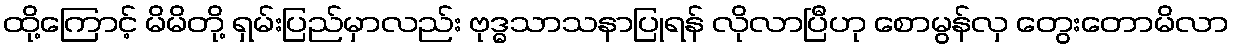
ထို့ကြောင့် မိမိတို့ ရှမ်းပြည်မှာလည်း ဗုဒ္ဓသာသနာပြုရန် လိုလာပြီဟု စောမွန်လှ တွေးတောမိလာ